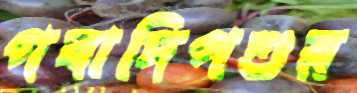
গবাদিপশুর